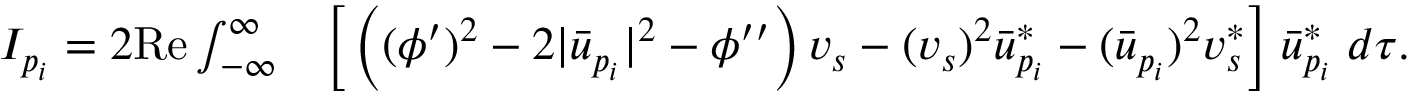
\begin{array} { r l } { I _ { p _ { i } } = 2 \mathrm { R e } \int _ { - \infty } ^ { \infty } } & { \Big [ \left( ( \phi ^ { \prime } ) ^ { 2 } - 2 | \bar { u } _ { p _ { i } } | ^ { 2 } - \phi ^ { \prime \prime } \right) v _ { s } - ( v _ { s } ) ^ { 2 } \bar { u } _ { p _ { i } } ^ { * } - ( \bar { u } _ { p _ { i } } ) ^ { 2 } v _ { s } ^ { * } \Big ] \; \bar { u } _ { p _ { i } } ^ { * } \; d \tau . } \end{array}